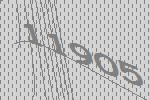
11905